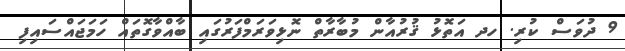
9 ދުވަސް ކުރި. ހދ އަތޮޅު ޤުރުއާން މުބާރާތް ނޮޅިވަރަމްފަރުގައި ބާއްވާގޮތައް ހަމަޖައްސައިފި